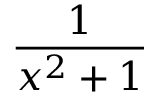
\frac { 1 } { x ^ { 2 } + 1 }